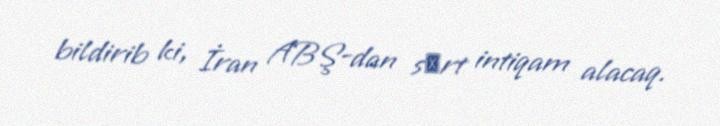
bildirib ki, İran ABŞ-dan sәrt intiqam alacaq.